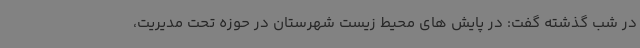
در شب گذشته گفت: در پایش های محیط زیست شهرستان در حوزه تحت مدیریت،